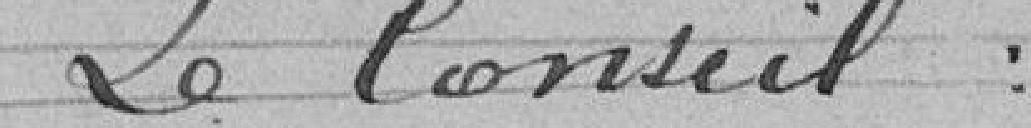
Le Conseil